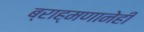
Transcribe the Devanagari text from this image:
ब्राह्मणानेही